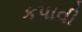
કપાવી